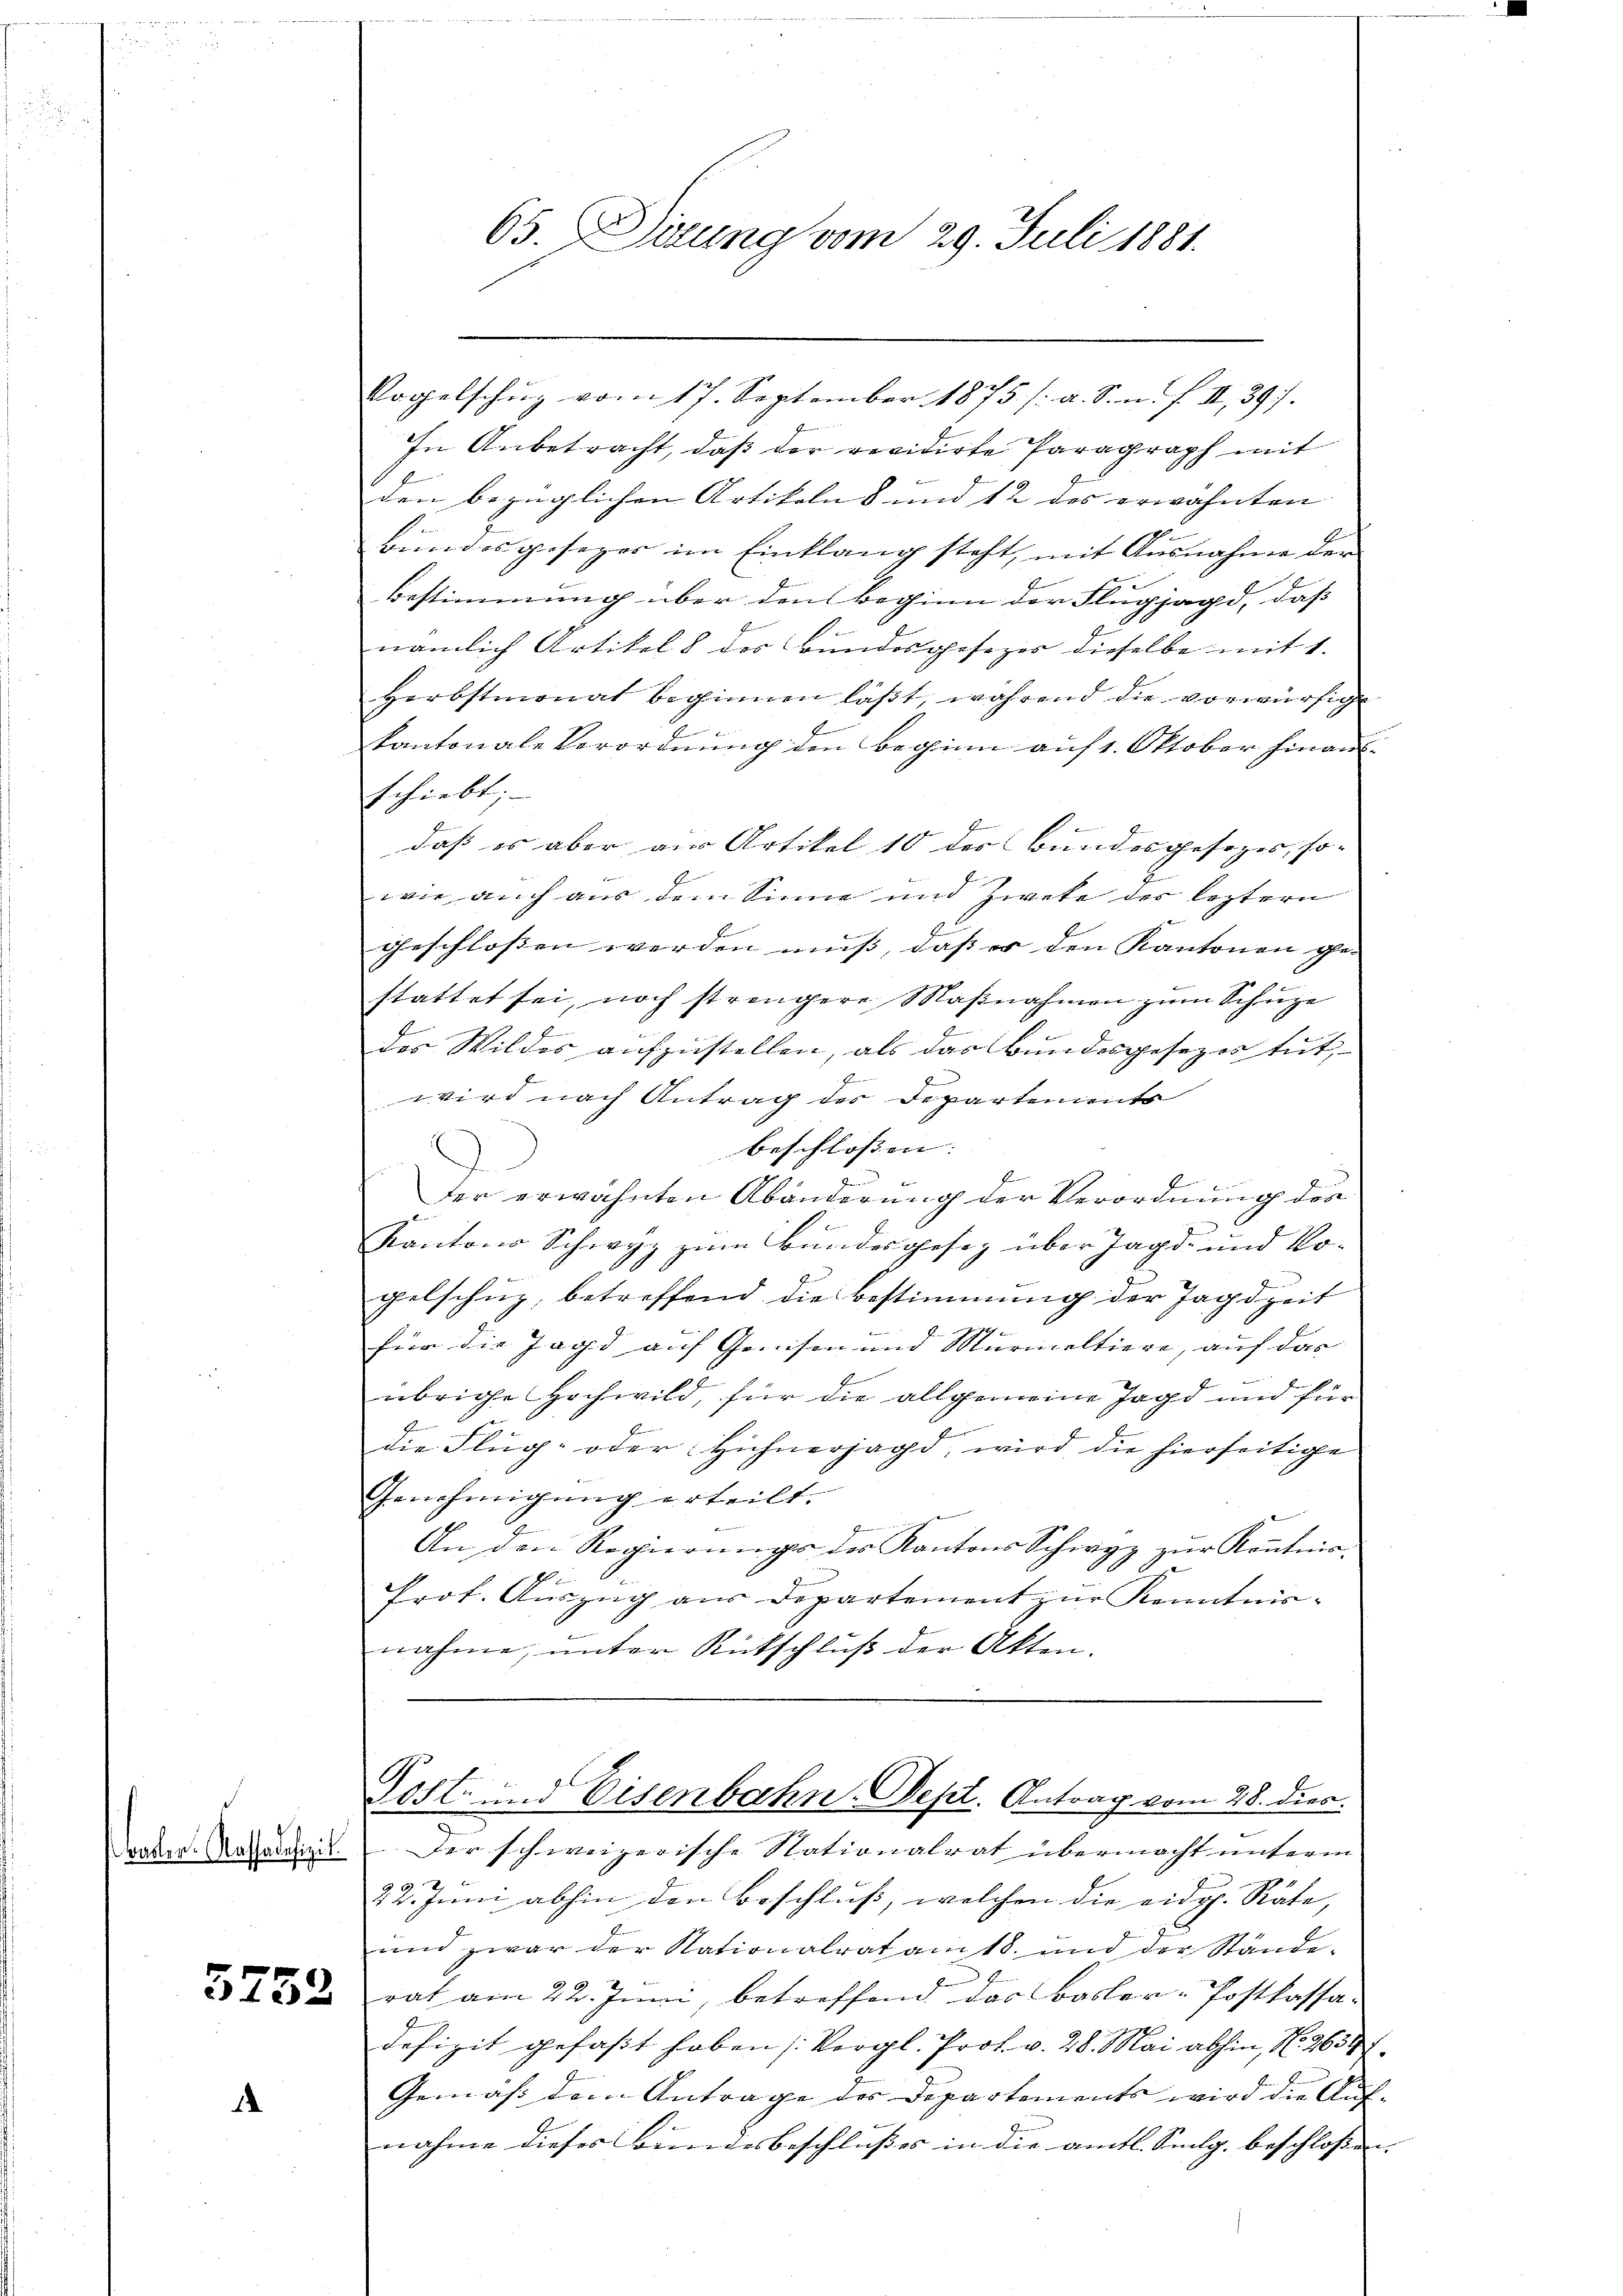
Baller-Kassadefizit

5752

1

65. Dirung vom 29. Juli 1881.

Vogelschug vom 17. September 1875. /: a. S. n. F. II, 39).
f
In Anbetracht, daß der revidirte Paragraph mit
den bezüglichen Artikelns und 12 des erwähnten |
s
a
bundesgesezes im Einklang steht, mit Ausnahme der
Bestimmung über den Beginn der Flugjagd, daß
nämlich Artikel 8 des Bundesgesezes dieselbe mit 1.
Herbstmonat beginnen läßt, während die vorwürfig
kantonale Verordnung den Beginn auf 1. Oktober hinausschiebt;
daß es aber aus Artikel 10 des Bundesgesezes, so- |
wie auch aus dem Sinne und Zwete der leztern
geschlossen werden muß, daß er den Kantonen gestattet sei, noch strengere Maβnahmen zŭm Schüze
des Wildos aufzustellen, als das Bundesgesezes tut,
wird nach Antrag der Departements
beschlossen. |
E
der erwähnten Abänderung der Verordnung des
7
Kantons Schwyz zum Bundesgesetz über Jagd- und Ko-
pelschuz, betreffend die Bestimmung der Jagdzeit
.
für die Jagd auf Gewisen und Murmeltiere, auf das
übrige Hochwild, für die allgemeine Jagd und für
die Flug- oder Hühnerjagd, wird die hierseitige
Genehmigung erteilt.
e
An den Regierungs des Kantons Schwyz zur Kenntnis.
.
Prot. Auszug aus Departement zur Kenntnis-
nahme, unter Rutschluß der Akten.
Post- und Eisenbahn-Dept. Antrag vom 28. dies
Der schweizerische Nationalrat übermacht unterm
22. Juni abhin den Beschluß, welchen die eidg. Räte,
und zwar der Nationalrat am 18. und der Stände-
rat am 22. Juni, betreffend das Basler-Postkassadefizit gefaßt haben (Vergl. Prof. v. 28. Mai abhin, N. 265.
Gemäß dem Antrage der Departements wird die Aufnahme dieses Bundesbeschlußes in die amtl. Smlg. beschlossen. |